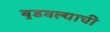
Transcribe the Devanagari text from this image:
बुडवल्याची